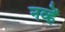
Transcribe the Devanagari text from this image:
नव्हें